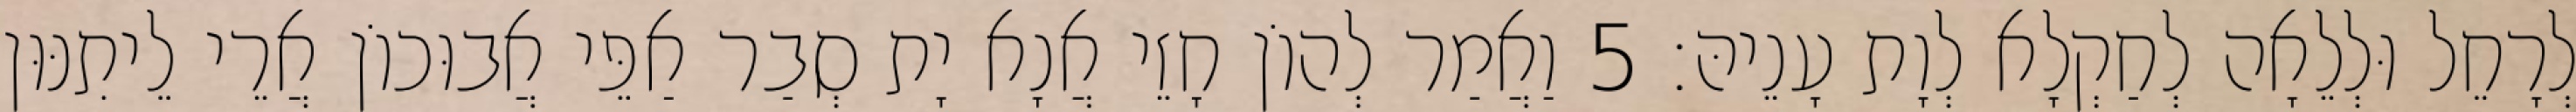
לְרָחֵל וּלְלֵאָה לְחַקְלָא לְוָת עָנֵיהּ׃ 5 וַאֲמַר לְהוֹן חָזֵי אֲנָא יָת סְבַר אַפֵּי אֲבוּכוֹן אֲרֵי לֵיתִנּוּן